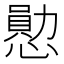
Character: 𪬩